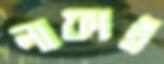
লাফাই